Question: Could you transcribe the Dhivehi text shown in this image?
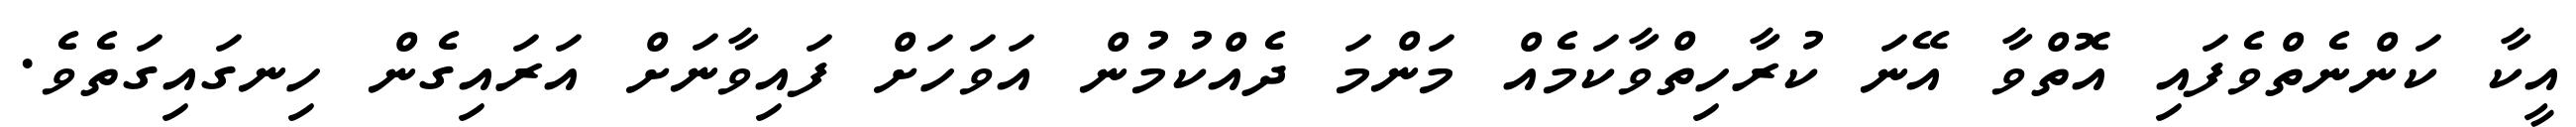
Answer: އީކާ ކަންނެތްވެފައި އޮތްވާ އޭނަ ކުރާހިތްވާކަމެއް މަންމަ ދެއްކުމުން އަވަހަށް ފައިވާނަށް އަރައިގެން ހިނގައިގަތެވެ.